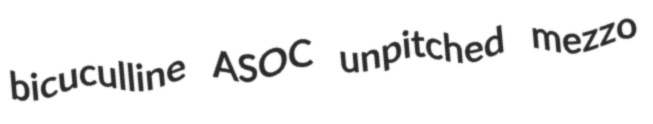
bicuculline ASOC unpitched mezzo